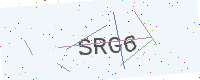
Text: SRG6